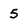
Character: 5